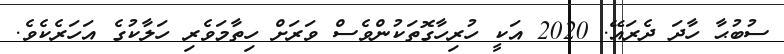
ސުބުޙާ ހާދަ ދެރައޭ. 2020 އަކީ ހުރިހާގޮތަކުންވެސް ވަރަށް ހިތާމަވެރި ހަލާކުގެ އަހަރެކެވެ.